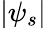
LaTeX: |\psi_{s}|